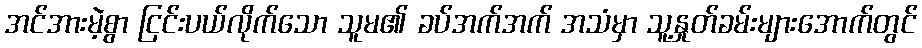
အင်အားမဲ့စွာ ငြင်းပယ်လိုက်သော သူမ၏ ခပ်အက်အက် အသံမှာ သူ့နှုတ်ခမ်းများအောက်တွင်